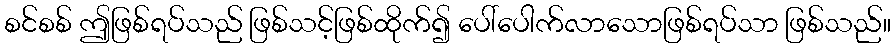
စင်စစ် ဤဖြစ်ရပ်သည် ဖြစ်သင့်ဖြစ်ထိုက်၍ ပေါ်ပေါက်လာသောဖြစ်ရပ်သာ ဖြစ်သည်။